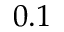
0 . 1